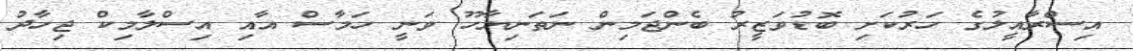
އިސްރާއީލުގެ ހަރުކަށި ބޮޑުވަޒީރު ބެންޖަމިން ނަތަނިޔާހޫ ވަނީ ހަމާސް އާއި އިސްލާމިކް ޖިހާދު